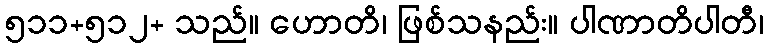
၅၁၁+၅၁၂+ သည်။ ဟောတိ၊ ဖြစ်သနည်း။ ပါဏာတိပါတီ၊